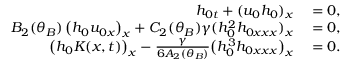
\begin{array} { r l } { h _ { 0 t } + ( u _ { 0 } h _ { 0 } ) _ { x } } & { { } = 0 , } \\ { B _ { 2 } ( \theta _ { B } ) \left( h _ { 0 } u _ { 0 x } \right) _ { x } + C _ { 2 } ( \theta _ { B } ) \gamma ( h _ { 0 } ^ { 2 } h _ { 0 x x x } ) _ { x } } & { { } = 0 , } \\ { \big ( h _ { 0 } K ( x , t ) \big ) _ { x } - \frac { \gamma } { 6 A _ { 2 } ( \theta _ { B } ) } \big ( h _ { 0 } ^ { 3 } h _ { 0 x x x } \big ) _ { x } } & { { } = 0 . } \end{array}